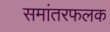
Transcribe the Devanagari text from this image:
समांतरफलक